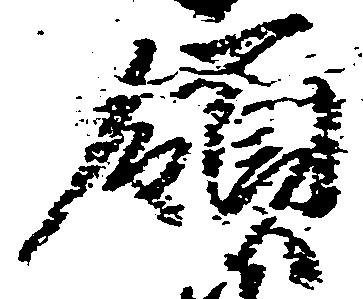
領